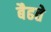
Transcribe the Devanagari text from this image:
बैढते